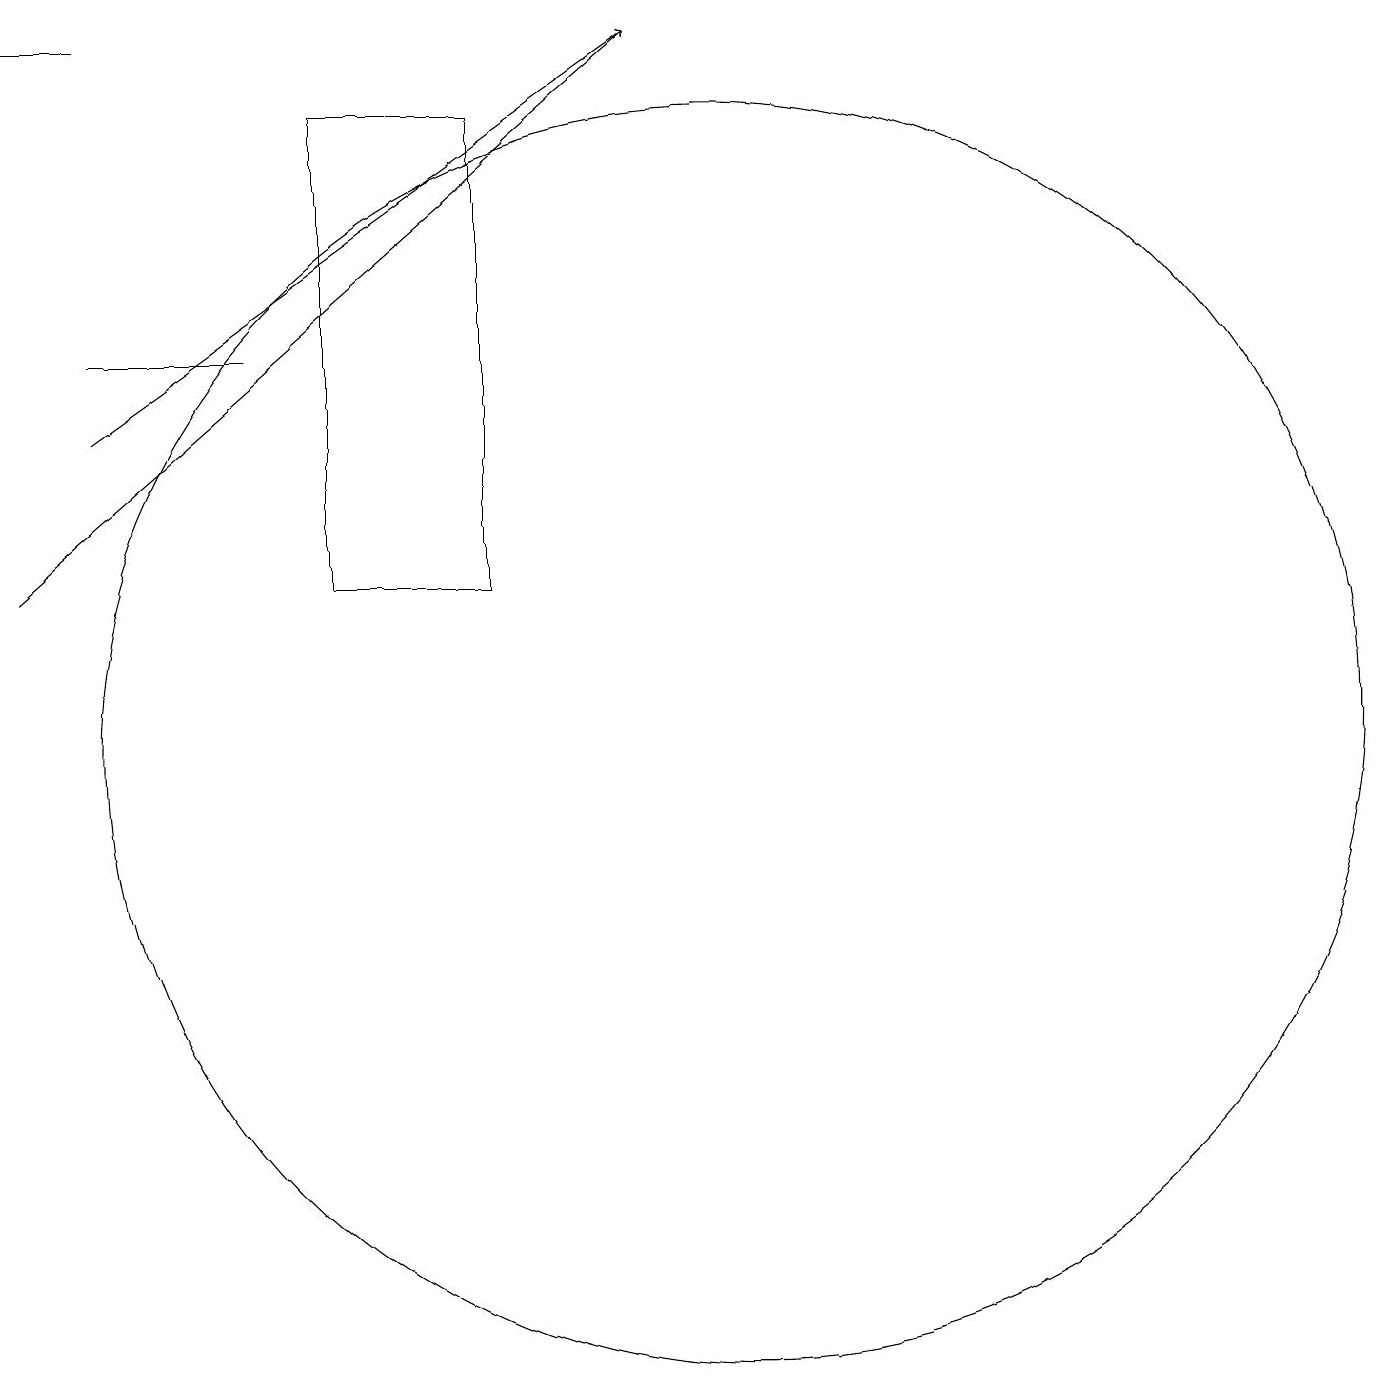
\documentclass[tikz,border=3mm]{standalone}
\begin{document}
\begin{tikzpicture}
\draw (1,19) rectangle (2,19);
\draw[->] (2,14) -- (9,19);
\draw (10,10) circle (8);
\draw (5,18) rectangle (7,12);
\draw (4,15) rectangle (2,15);
\draw[->] (1,12) -- (9,19);
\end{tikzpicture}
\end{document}